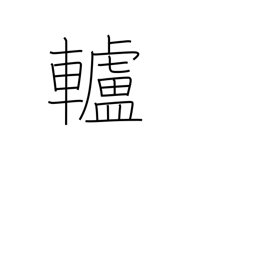
Meaning: pulley